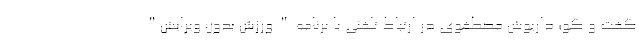
گفت و گو؛ داریوش مصطفوی در ارتباط تلفنی با برنامه " ورزش بدون ویرایش"